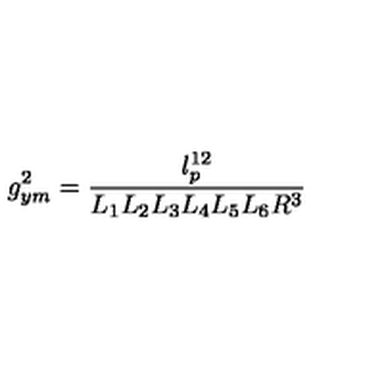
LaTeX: g _ { y m } ^ { 2 } = \frac { l _ { p } ^ { 1 2 } } { L _ { 1 } L _ { 2 } L _ { 3 } L _ { 4 } L _ { 5 } L _ { 6 } R ^ { 3 } }